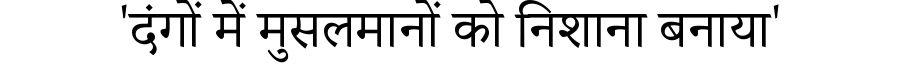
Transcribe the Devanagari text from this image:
'दंगों में मुसलमानों को निशाना बनाया'